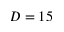
D = 1 5